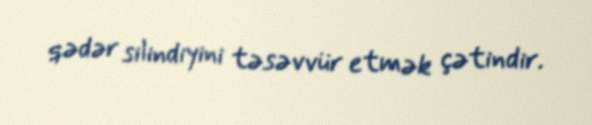
qədər silindiyini təsəvvür etmək çətindir.